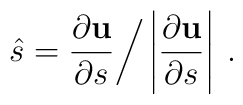
\hat{s} = \frac{\partial {\bf u}}{\partial s} \bigg/\left| \frac{\partial {\bf u}}{\partial s } \right| \> .